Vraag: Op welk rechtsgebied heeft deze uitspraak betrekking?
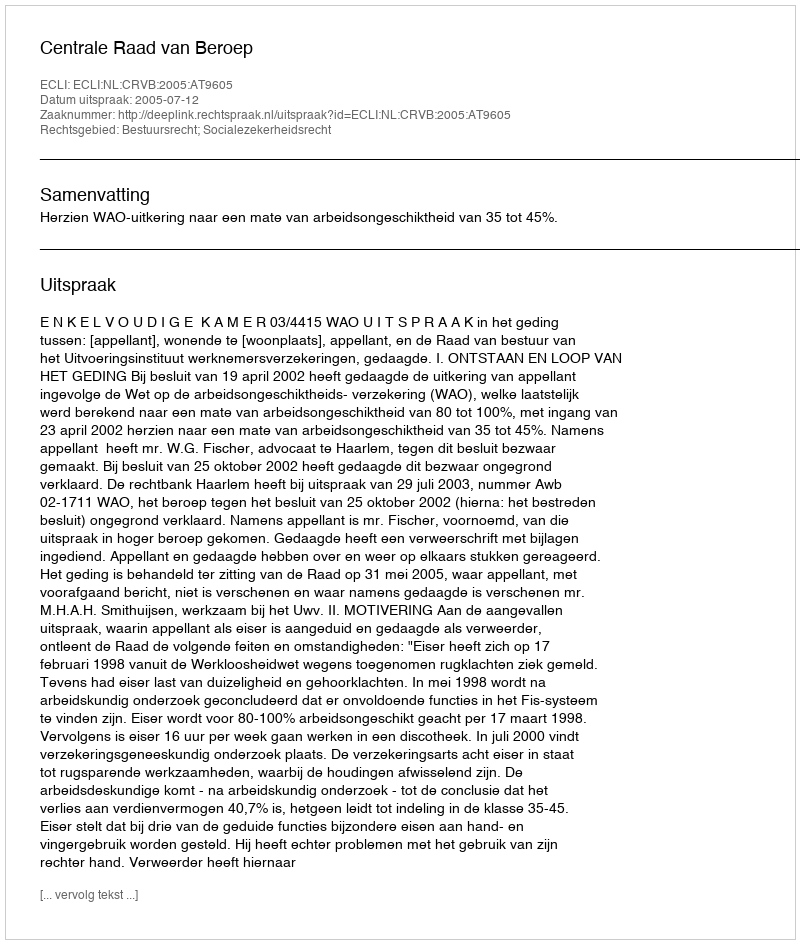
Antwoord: Bestuursrecht; Socialezekerheidsrecht